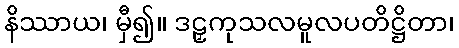
နိဿာယ၊ မှီ၍။ ဒဠှကုသလမူလပတိဋ္ဌိတာ၊